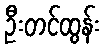
ဦးတင်ထွန်း